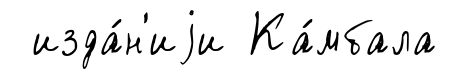
изда́н'иjи Ка́мбала